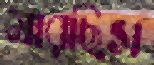
মারছিস